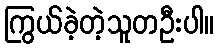
ကြွယ်ခဲ့တဲ့သူတဦးပါ။